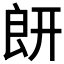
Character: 𦫍